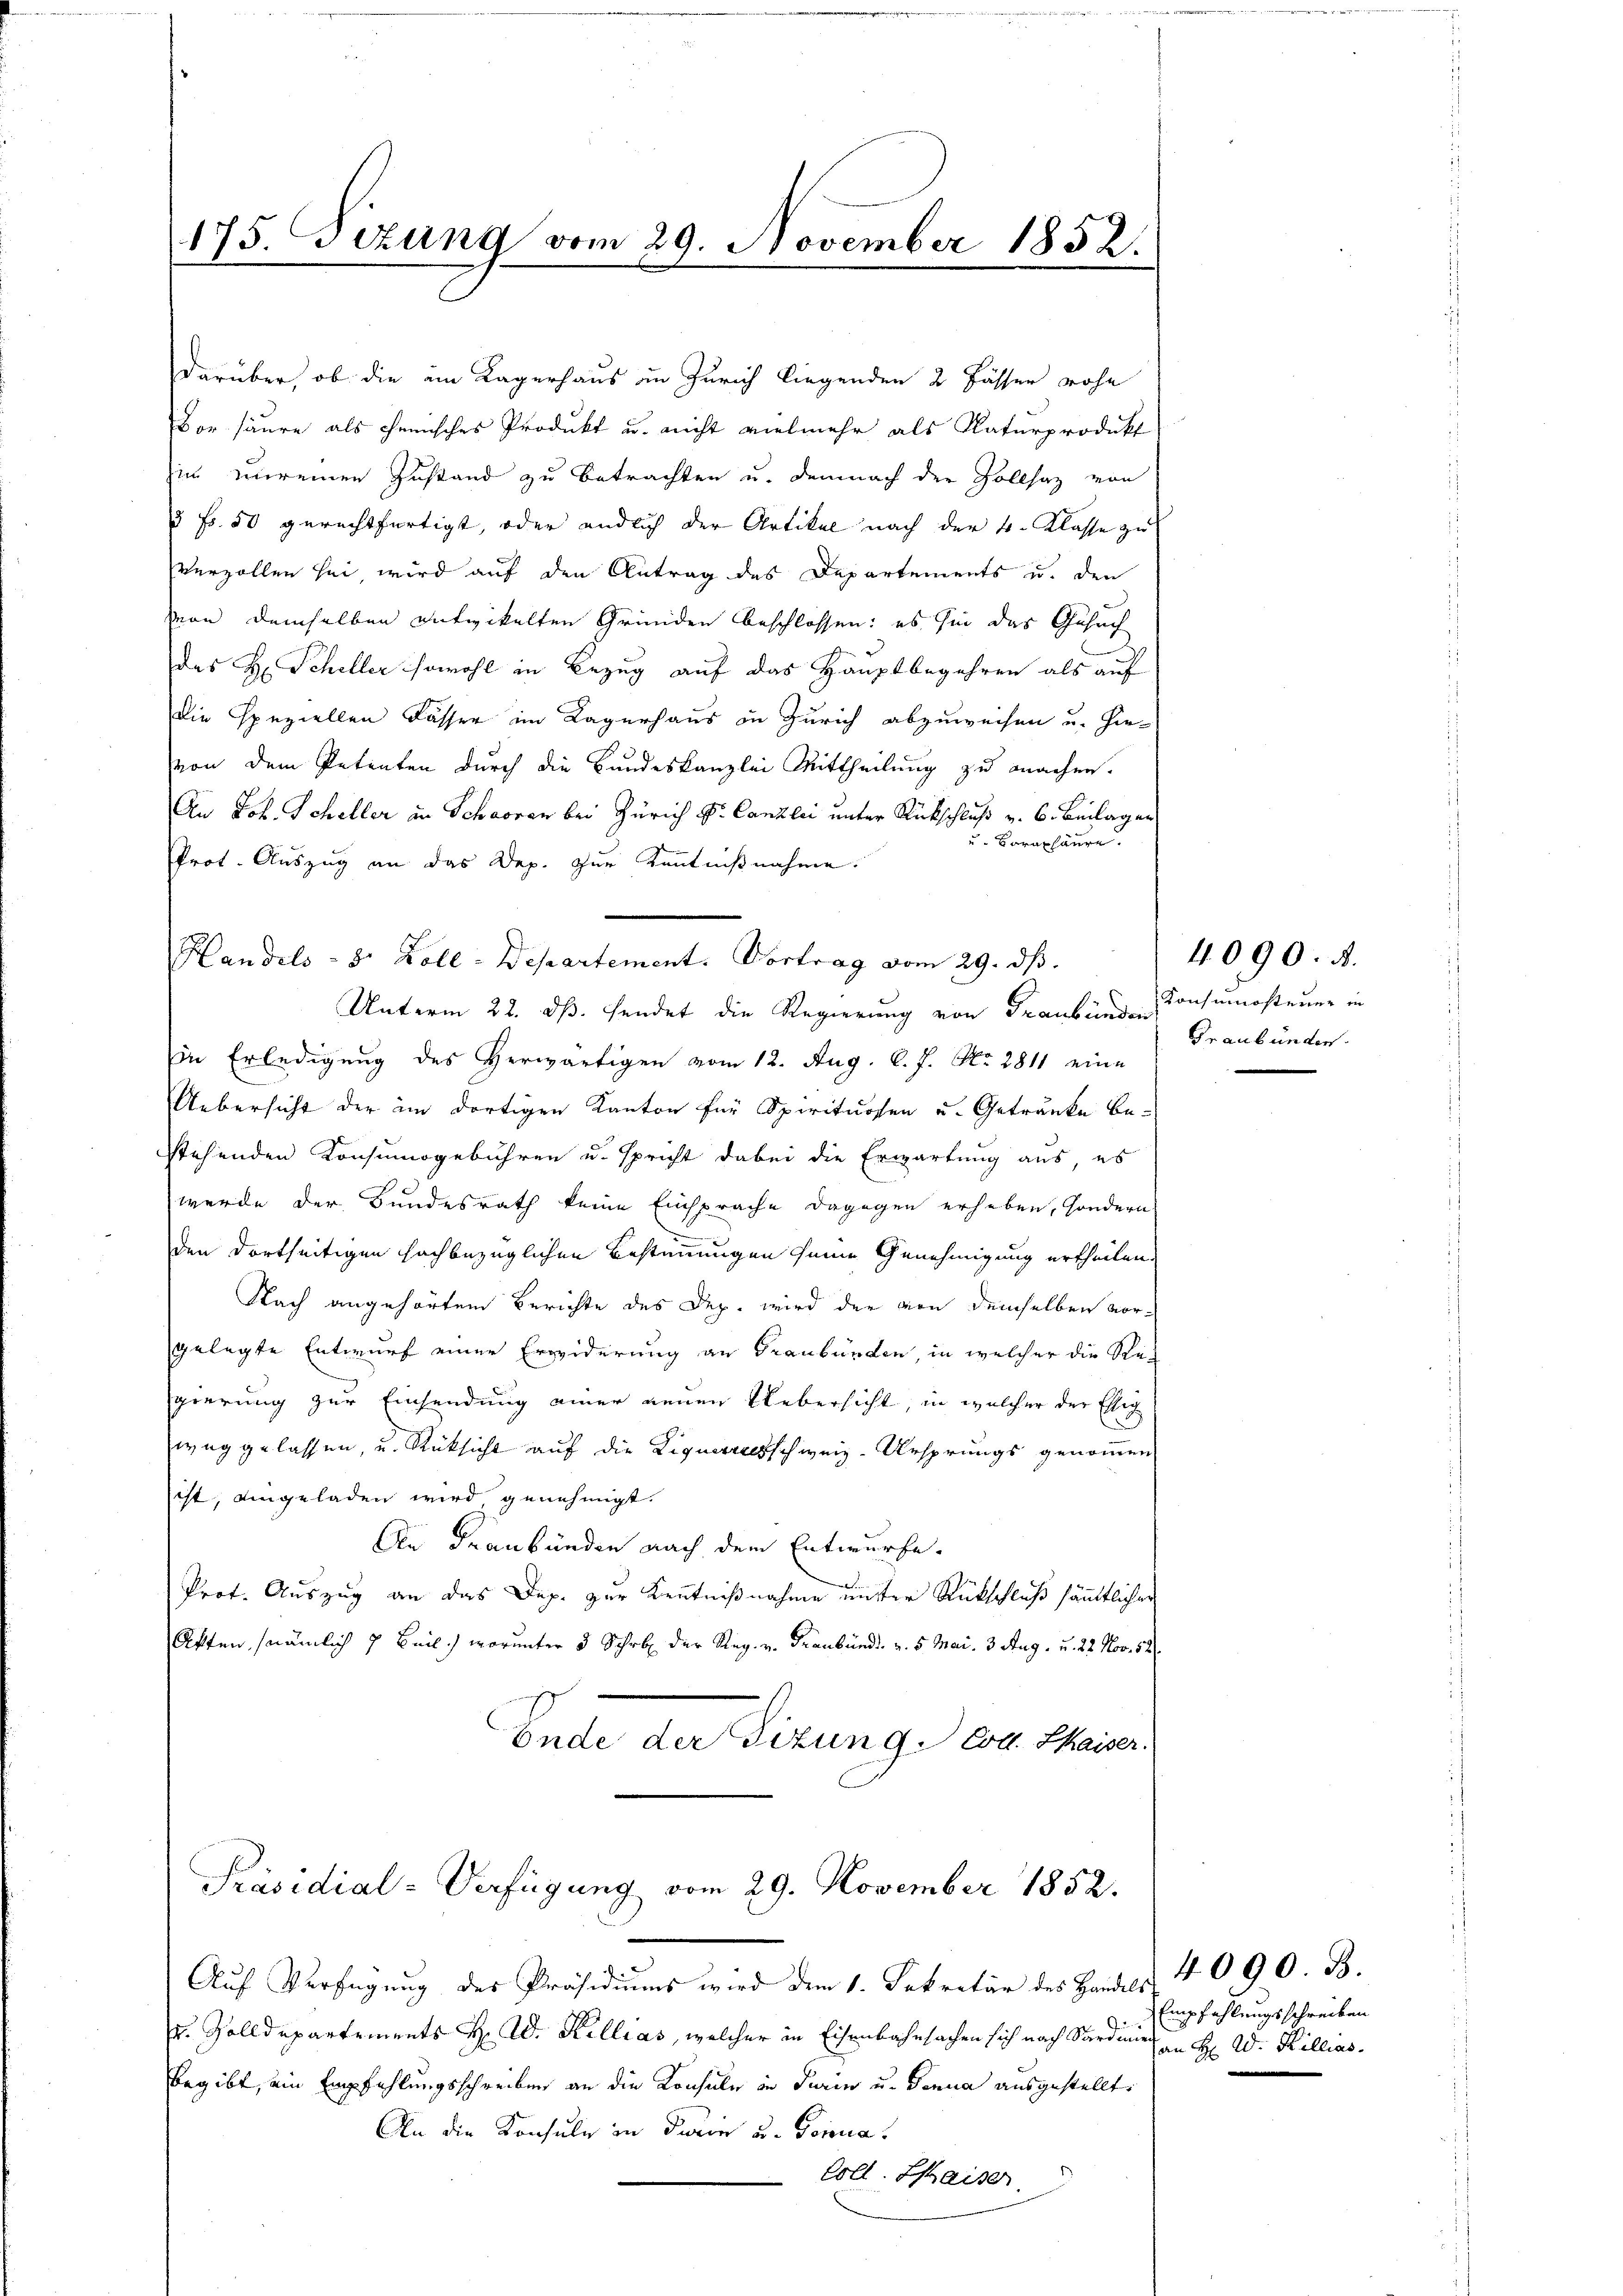
a
175. Jezung vom 29. November 1852.
e

darüber, ob die im Lagerhaus in Zürich liegenden 2 Fässer rohe
Dor saure als chemisches Produkt u. nicht vielmehr als Naturprodukt
hin vereinen Zustand zu betrachten u. demnach der Zollsaz von
3 Fr. 50 gerechtfertigt, oder endlich der Artikel nach der 4. Klasse zu
verzollen sei, wird auf den Antrag des Departements u. den
von demselben entwickelten Gründen beschlossen: es sie das Gesuch
1
des H. Scheller sowohl in Bezug auf das Hauptbegehren als auf
die Speziellen Kasser im Lagerhaus in Zürich abzuweisen u. hievon dem Petenten durch die Bundeskanzlei Mittheilung zu machen.
An Joh. Scheller in Schaaren bei Zürich Dr. Canzlei unter Rückschluß v. 6. Beilagen
u. Caraphäure.
Prot. Auszug an das Dep. zur Kenntnißnahme.
Handels- 8 Zoll-Departement. Vortrag vom 29. ds.
Unterm 22. ds. sendet die Regierung von Trauben Consumosteuer in
in Erledigung des herwärtigen vom 12. Aug. l. J. No. 2811 eine
Uebersicht der im dortigen Kanton für Spirituosen u. Getränke bestehenden Konsumogebühren u. spricht dabei die Erwartung aus, es
wurde der Bundesrath keine Einsprache dagegen erheben, sondern
den dortseitigen hochbezüglichen Bestimmungen seine Genehmigung ertheilen.
Nach angehörten Berichte des Dep. wird der von demselben vorgelegte Entwurf einer Erwiderung an Graubünden, in welcher die Re-
gierung zur Einsendung einer neuen Uebersicht, in welcher der Eig
weggelassen, und Rücksicht auf die Liquerreisschweiz-Ursprungs genommen
ist, eingeladen wird, genehmigt.
An Graubünden nach dem Entwurfe.
Prot. Auszug an das Dep. zur Kenntnißnahme unter Rückschluß sämmtlicher
Akten, (nämlich 7 Beil, worunter 3 Schrb der Reg. v. Traubündt v. 5. Mai. 3 Aug. u. 22. Nov. 52
Ende der Sizung von Thaiser

Präsidial-Verfügung vom 29. November 1852.

Auf Verfügung des Präsidiums wird dem 1. Sekretär des Handels 40 90. B.
r. Zolldepartements H. d. Kellias, welcher in Eisenbahrsachen sich nach Sardinie
begibt, ein Empfehlungsschreiben an die Konsule in Turin u. Sonna ausgestellt.
An die Konsule in darin u. Triena
Coll. Kaiser

Graubünden.

4090. A.

Empfahlungsschreiben
an H. W. Killias.